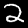
Label: 2